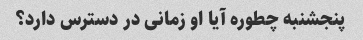
پنجشنبه چطوره آیا او زمانی در دسترس دارد؟